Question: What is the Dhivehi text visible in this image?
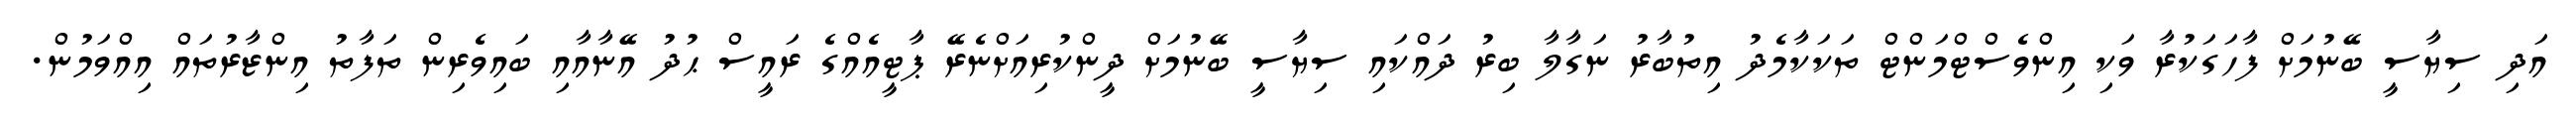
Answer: އަދި ސިޔާސީ ބޭނުމަށް ފާހަގަކުރާ ވަކި އިންވެސްޓްމަންޓް ތަކަކާމެދު އިތުބާރު ނަގާލާ ބިރު ދައްކައި ސިޔާސީ ބޭނުމަށް ދީންކުރިއަށްނެރޭ ޕާޓީއެއްގެ ރައީސް ޙުދު އޭނާއާއި ބައިވެރިން ތަފާތު އިންޒާރުތައް އިއްވަމުން.